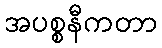
အပစ္စနီကတာ